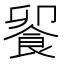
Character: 𩛁